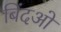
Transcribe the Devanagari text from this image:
बिंदओं